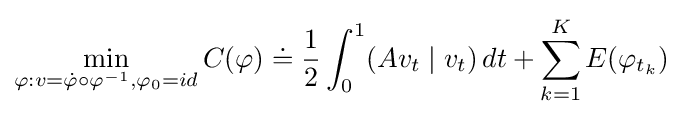
\min _{\varphi :v={\dot {\varphi }}\circ \varphi ^{-1},\varphi _{0}=id}C(\varphi )\doteq {\frac {1}{2}}\int _{0}^{1}(Av_{t}\mid v_{t})\,dt+\sum _{k=1}^{K}E(\varphi _{t_{k}})